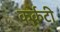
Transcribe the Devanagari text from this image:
कर्कटी